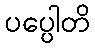
ပပ္ပေါတိ